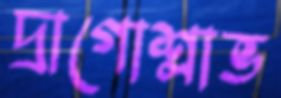
দ্রাগোশ্লাভ